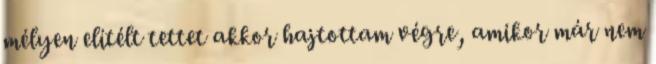
mélyen elítélt tettet akkor hajtottam végre, amikor már nem